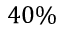
4 0 \%